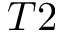
T 2